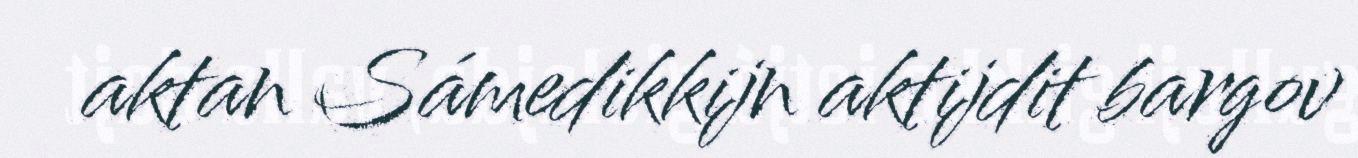
aktan Sámedikkijn aktijdit bargov